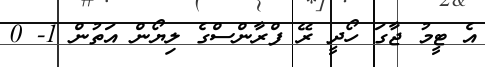
އެ ޓީމު ޖާގަ ހޯދީ ރޭ ފްރާންސްގެ ލިޔޯން އަތުން 1- 0